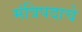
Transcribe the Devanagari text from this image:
मंत्रिपदाचे